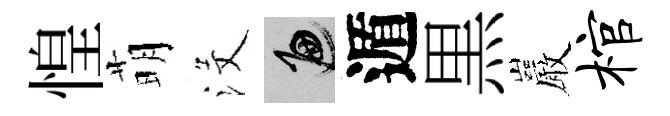
惶萌沒遍遁黒巖棺